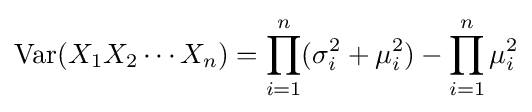
\operatorname {Var} (X_{1}X_{2}\cdots X_{n})=\prod _{i=1}^{n}(\sigma _{i}^{2}+\mu _{i}^{2})-\prod _{i=1}^{n}\mu _{i}^{2}